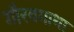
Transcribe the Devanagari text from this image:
गौरवगाथा